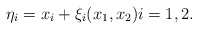
\begin{align*}\eta_i=x_i+\xi_i(x_1,x_2)i=1,2.\end{align*}